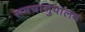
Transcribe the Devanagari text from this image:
समयानुपालन